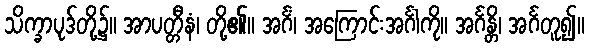
သိက္ခာပုဒ်တို့၌။ အာပတ္တီနံ၊ တို့၏။ အင်္ဂံ၊ အကြောင်းအင်္ဂါကို။ အင်္ဂန္တိ၊ အင်္ဂတူ၍။